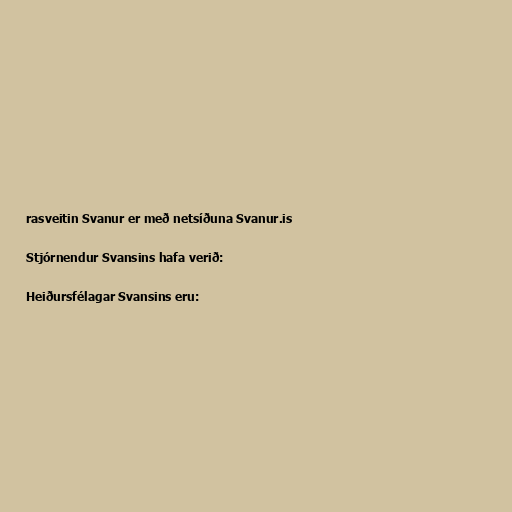
rasveitin Svanur er með netsíðuna Svanur.is

Stjórnendur Svansins hafa verið:

Heiðursfélagar Svansins eru: